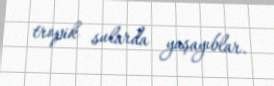
tropik sularda yaşayıblar.